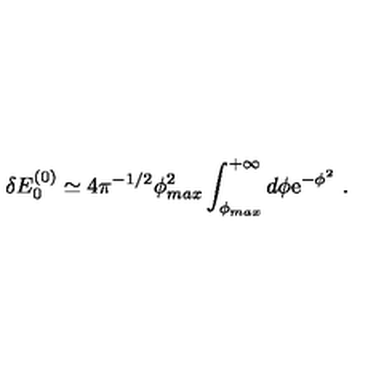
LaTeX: \delta E _ { 0 } ^ { ( 0 ) } \simeq 4 \pi ^ { - 1 / 2 } \phi _ { m a x } ^ { 2 } \int _ { \phi _ { m a x } } ^ { + \infty } d \phi \mathrm { e } ^ { - \phi ^ { 2 } } \ .